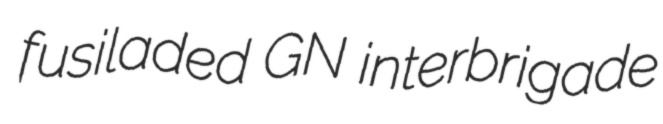
fusiladed GN interbrigade